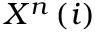
X ^ { n } \left( i \right)